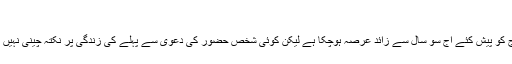
‘‘
اس چیلنج کو پیش کئے آج سو سال سے زائد عرصہ ہوچکا ہے لیکن کوئی شخص حضور کی دعویٰ سے پہلے کی زندگی پر نکتہ چینی نہیں کر سکا۔